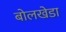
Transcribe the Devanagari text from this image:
बोलखेडा